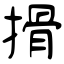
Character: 搰